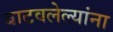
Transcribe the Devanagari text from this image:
बाटवलेल्यांना